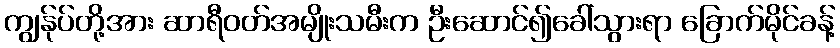
ကျွန်ုပ်တို့အား ဆာရီဝတ်အမျိုးသမီးက ဦးဆောင်၍ခေါ်သွားရာ ခြောက်မိုင်ခန့်